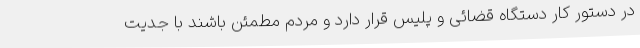
در دستور کار دستگاه قضائی و پلیس قرار دارد و مردم مطمئن باشند با جدیت